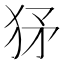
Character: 𤝩